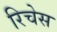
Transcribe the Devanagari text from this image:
रिचेस